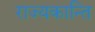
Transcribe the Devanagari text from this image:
राज्यकान्ति